Civil Veterinary Dept. Bombay admin report 1907-1913 - 1907-1913
Year: 1907
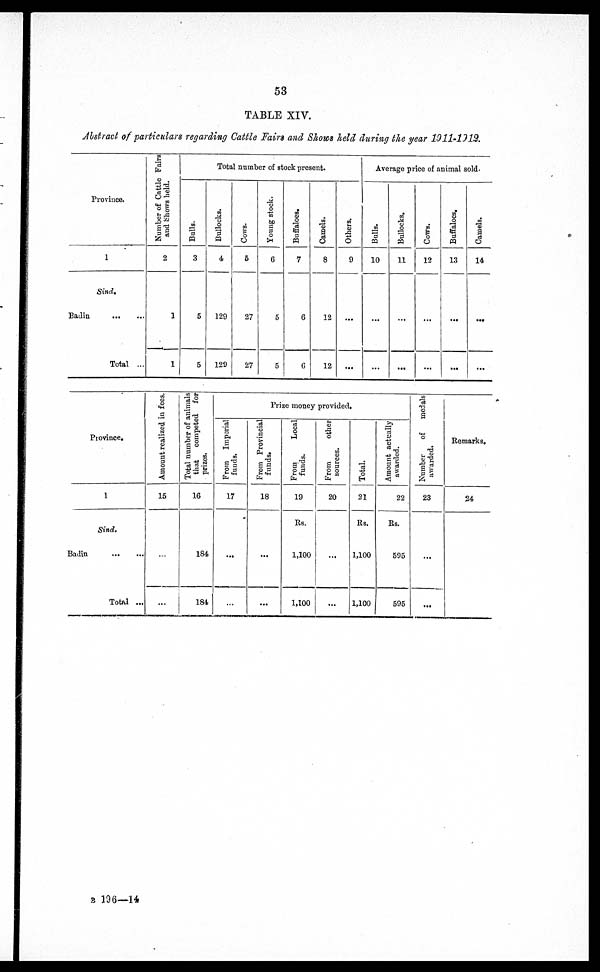
53
TABLE XIV.
Abstract of particulars regarding Cattle Fairs and Shows held during the year 1911-1912.
Province.
1
Sind.
Badin
...
...
Total ...
Number of Cattle Fairs
and
Shows held.
2
1
1
Total number of stock present.
Bulls.
3
5
5
Bullocks.
4
129
129
Cows.
5
27
27
Young stock.
6
5
5
Buffaloes.
7
6
6
Camels.
8
12
12
Others.
9
...
...
Average price of animal sold.
Bulls.
10
...
...
Bullocks.
11
...
...
Cows.
12
...
...
Buffaloes,
13
...
...
Camels.
14
...
...
Province.
1
Sind.
Badin
...
...
Total ...
Amount realized in fees.
15
...
...
Total number of animals
that
competed for
prizes.
16
184
184
Prize money provided
From Imperial
funds.
17
...
...
From Provincial
funds.
18
...
...
From
Local
funds.
19
Rs.
1,100
1,100
From
other
sources.
20
...
...
Total.
21
Rs.
1,100
1,100
Amount actually
awarded.
22
Rs.
595
595
Number of
medals
awarded.
23
...
...
Remarks.
24
B 196—14